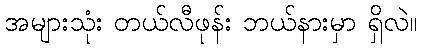
အများသုံး တယ်လီဖုန်း ဘယ်နားမှာ ရှိလဲ။